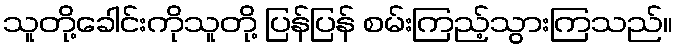
သူတို့ခေါင်းကိုသူတို့ ပြန်ပြန် စမ်းကြည့်သွားကြသည်။